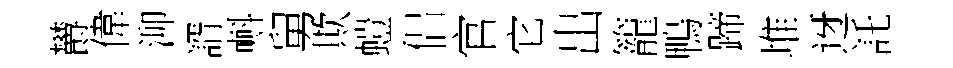
欝偉泖諝㪺舅欺螘侣官它出籠鴨蹄堆迓託